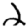
Digit: 2